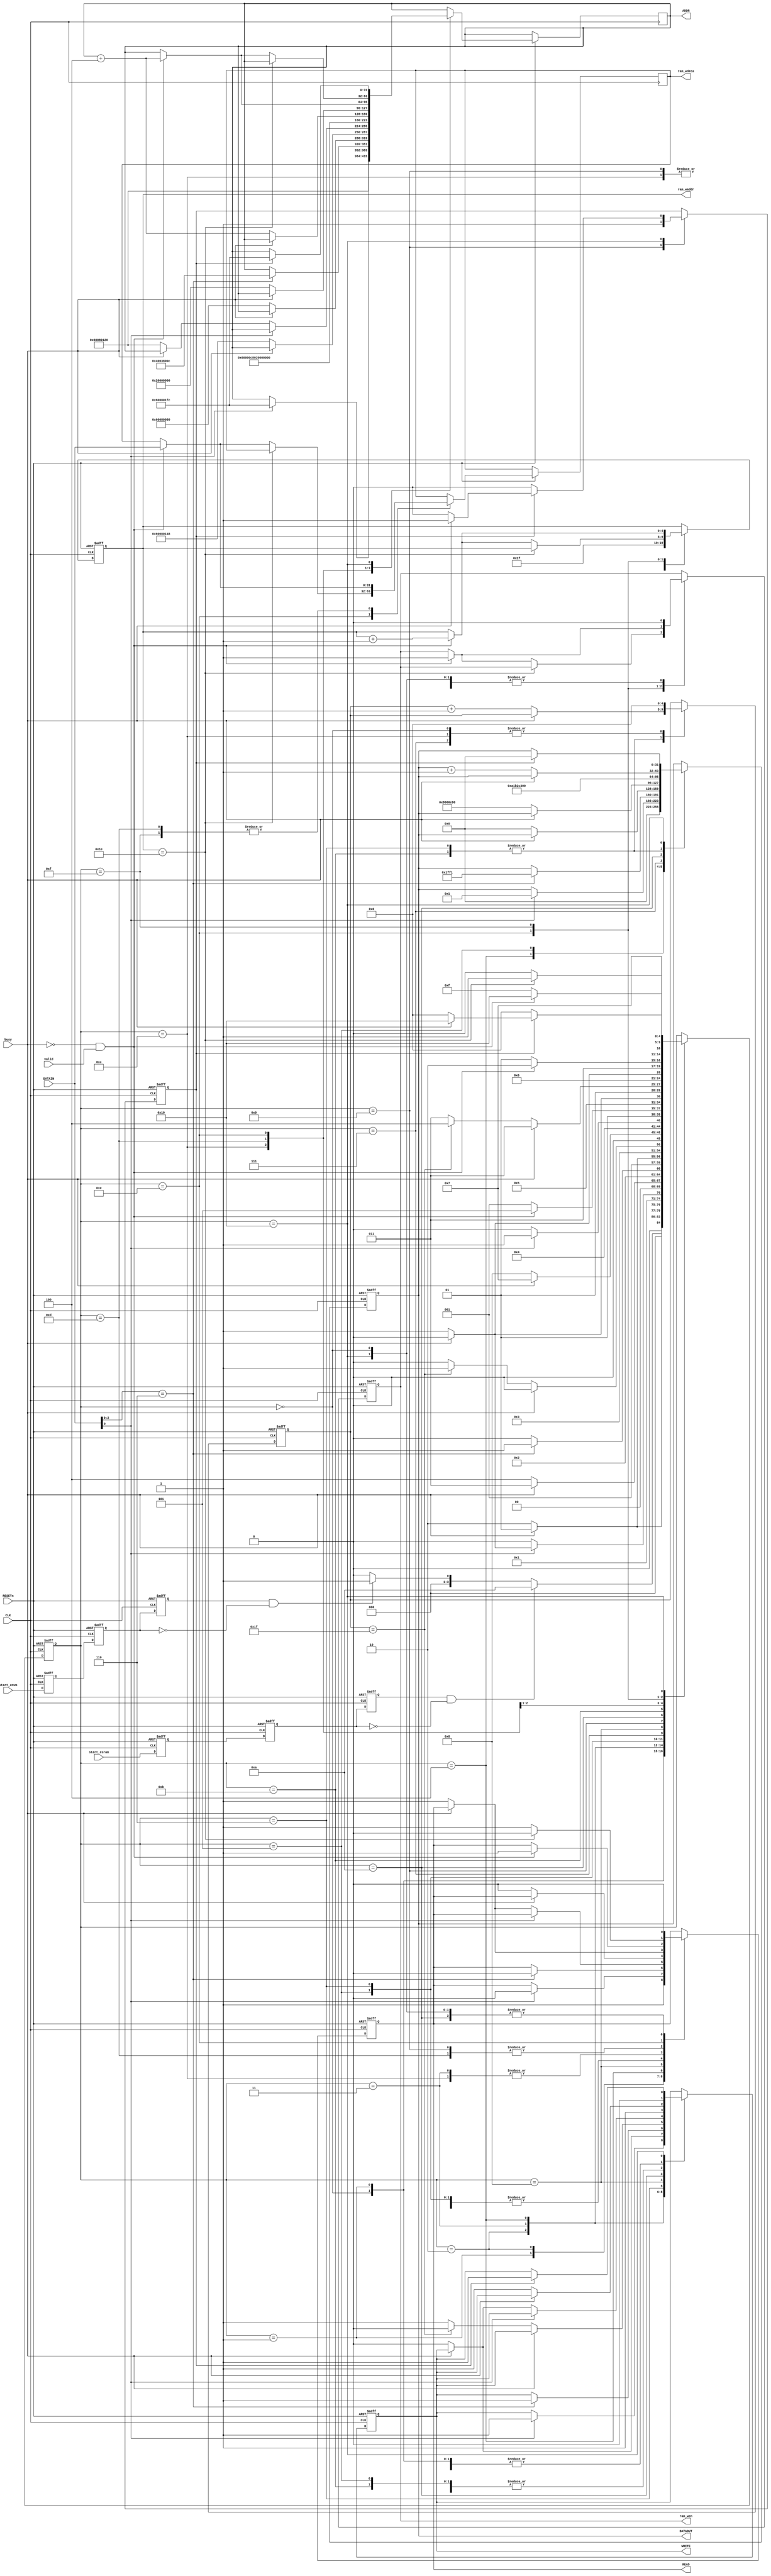
module eSRAM_eNVM_RW(
// Generic Signals
input      wire         CLK,
input      wire         RESETn,

//Interface to user 
input      wire         start_envm,
input      wire         start_esram,

//Interface to AHB Master logic
input      wire         valid,
input      wire  [31:0] DATAIN,
input      wire         busy,
output     reg          READ,
output     reg          WRITE,
output     wire  [31:0] ADDR,
output     wire  [31:0] DATAOUT,

//Interface to Fabric SRAM
output     reg          ram_wen,
output     reg   [4:0]  ram_waddr,
output     reg  [31:0]  ram_wdata

);

reg [31:0] data,addr_temp;
reg [4:0] data_cnt;
reg start_envm_reg,start_esram_reg,start_envm_reg1,start_esram_reg1,start_envm_reg2,start_esram_reg2,envm_release_reg;
wire envm_select,esram_select;

// eNVM and eSRAM FSM States

reg [4:0] current_state;
parameter [4:0] Idle_ESRAM_ENVM = 5'b00000,
                ENVM_Idle_0     = 5'b00001,
                ENVM_Idle_1     = 5'b00010,
                ENVM0_ACCESS1   = 5'b00011,
                ENVM0_ACCESS2   = 5'b00100,
                ENVM0_WD        = 5'b00101,
                Fill_WD         = 5'b00110,
                CMD_Write       = 5'b00111,
                ENVM0_Prog      = 5'b01000,
                ENVM_INIT_DONE  = 5'b01001,
                ESRAM_0         = 5'b01010,
                ESRAM_1         = 5'b01011,
                ESRAM_2         = 5'b01100,
                Read_0          = 5'b01101,
                Read_1          = 5'b01110,
                Read_2          = 5'b01111,
                ENVM0_RELEASE   = 5'b10000;

assign ADDR = addr_temp;
assign DATAOUT = data;

assign envm_select = start_envm_reg2 & ~start_envm_reg1;
assign esram_select = start_esram_reg2 & ~start_esram_reg1;

always@(posedge CLK, negedge RESETn)
begin
	if(RESETn  == 1'b0)
	    begin	     
	   		 start_envm_reg     <= 1'b0;
	   		 start_envm_reg1     <= 1'b0;
	   		 start_envm_reg2     <= 1'b0;
		     start_esram_reg    <= 1'b0;
		     start_esram_reg1    <= 1'b0;
		     start_esram_reg2    <= 1'b0;
		 end
	else
		begin
	   		 start_envm_reg     <= start_envm;
	   		 start_envm_reg1     <= start_envm_reg;
	   		 start_envm_reg2     <= start_envm_reg1;

		     start_esram_reg    <= start_esram;
		     start_esram_reg1    <= start_esram_reg;
		     start_esram_reg2    <= start_esram_reg1;
		end

end

always@(posedge CLK, negedge RESETn )
begin
    if(RESETn  == 1'b0)
        begin	     
	    WRITE               <=  1'b0;	     
	    READ                <=  1'b0;
		data			    <=  32'h00000000;
	    current_state       <=  Idle_ESRAM_ENVM;   
        ram_wen             <= 1'b0;
        ram_waddr           <= 5'b00000;
		envm_release_reg    <= 1'b0;
        data_cnt            <= 5'b00000;  
	    end
    else
        begin
        case (current_state)
            Idle_ESRAM_ENVM : 
                begin
	    		WRITE               <=  1'b0;	     
	     		READ                <=  1'b0;
		 		data			    <=  32'h00000000;    
		 		ram_wen             <= 1'b0;
         		ram_waddr           <= 5'b00000;
                data_cnt            <= 5'b00000;
                if ( esram_select == 1'b1)           // selecting eNVM or eSRAM
                    begin
					current_state   <=  ESRAM_0;  
                    end
                else if (envm_select == 1'b1)
                    begin
					current_state   <=  ENVM_Idle_0;
                    end
                else
                    begin
                    current_state   <=  Idle_ESRAM_ENVM;   
                    end
                end	

            ENVM_Idle_0:
                begin
                if( busy  == 1'b0 )
                    begin
					WRITE					  <=  1'b0;
					READ                      <=  1'b1;
					addr_temp				  <=  32'h60080120; //ENVM0_STATUS;					
					current_state             <=  ENVM_Idle_1;
					end
				else 
					begin
					WRITE					  <=  1'b0;
					READ                      <=  1'b1;
					addr_temp				  <=  32'h60080120; //ENVM0_STATUS;					
					current_state             <=  ENVM_Idle_0;
					end
                end

            ENVM_Idle_1: 
                begin
				if ( DATAIN[0] == 1'b1)
                    begin
                 	if( busy  == 1'b0 )
                        begin
						WRITE                       <=  1'b1;	
						READ                        <=  1'b0;					
						addr_temp       			<=  32'h600801FC; //ENVM0_REQACCESS;
						data						<=  32'h00000001;
	                    current_state               <=  ENVM0_ACCESS1;                       
	                  	end	 
					 else       
						begin
						WRITE                       <=  1'b1;	
						READ                        <=  1'b0;						
						addr_temp       			<=  32'h600801FC; //ENVM0_REQACCESS;
						data						<=  32'h00000001;
	                    current_state               <=  ENVM_Idle_1;
						end
         			end
	              else
	                  begin
	                    current_state               <=  ENVM_Idle_1;
	                  end
	            end

            ENVM0_ACCESS1: //requesting access
	            begin
				if ( busy  == 1'b0 )
                    begin
					READ                      <=  1'b1;
					WRITE                     <=  1'b0;
					current_state             <=  ENVM0_ACCESS2; 
    	            end
				else
                    begin
				    current_state             <=  ENVM0_ACCESS1;   
                    end
				end

			ENVM0_ACCESS2: //checking access
	            begin
                if ( DATAIN[2:0] == 3'b110 )
                    begin		
					WRITE                     <=  1'b1;	
					READ                      <=  1'b0;					
					addr_temp       		  <= 32'h4003800C; 	
					data					  <= 32'h000001FF1;	// setting the FREQRNG parameter to 15 decimal		
				  	current_state             <=  ENVM0_WD;
					end 
                else 
                    begin
					current_state              <=  ENVM0_ACCESS2; 
    	            end					
				end
            ENVM0_WD :
                begin
                if ( busy  == 1'b0 )
	                begin   
				   	WRITE                     <=  1'b1;	
					READ                      <=  1'b0;					
					addr_temp       		  <=  32'h60080080; //ENVM0_WD;	
					data					  <=  32'h00000000;			
				  	current_state             <=  Fill_WD;
    	            end
				else
					begin
				    current_state             <=  ENVM0_WD;                    
	                end
                end

	        Fill_WD:                    //fill wd buffer             
	            begin
    	        if ( busy  == 1'b0 )
                    begin
					READ                      <=  1'b0;
					addr_temp				  <=  addr_temp + 4;						
					data					  <=  data + 1;
                    data_cnt                  <=  data_cnt +1'b1;
					current_state             <=  Fill_WD; 
                    if ( data_cnt == 5'b11111 )	
                        begin
                        current_state            <=  CMD_Write;
                        WRITE                    <=  1'b0;
                        end
                     else
                        begin
                        current_state            <=  Fill_WD; 
                        WRITE                    <=  1'b1;
                        end
                    end
                else
                    begin
				    current_state   <=  Fill_WD;                    
	                end
				end

	        CMD_Write:                  //issue write command
	            begin
                data_cnt <= 5'b00000;
				if ( busy  == 1'b0 )
                    begin
				 	WRITE                     <=  1'b1;
					addr_temp				  <=  32'h60080148; //ENVM0_CMD;						
					data					  <=  32'h08000c80; //PROG_ADS;     
					current_state             <=  ENVM0_Prog; 
                    end
				else
                    begin
				    current_state              <=  CMD_Write;                    
	                end
				end

			ENVM0_Prog:                 //wait for completing the eNVM programming
	            begin
				   if ( DATAIN[0] == 1'b1 )
					  begin
				        current_state   <=  ENVM_INIT_DONE;
					  end
				   else if ( busy  == 1'b0 )
	                  begin
						WRITE					  <=  1'b0;
						READ                      <=  1'b1;
						addr_temp				  <=  32'h60080120; //ENVM0_STATUS;					
						current_state             <=  ENVM0_Prog; 
    	              end
					else
					  begin
				        current_state             <=  ENVM0_Prog;                    
	                  end
				end

			ENVM_INIT_DONE:             //eNVM write completed 
	            begin
                envm_release_reg        <= 1'b1;
				ram_waddr               <= 5'b11111;
                addr_temp				<=  32'h60000c80;
                if ( busy  == 1'b0 && valid == 1'b1)
                    begin
                    READ                <=  1'b1;						
                    current_state       <=  Read_0;
					end
                else
                    begin				
                    current_state       <=  ENVM_INIT_DONE;
                    end
				end

//////////////////////// eSRAM write states////////////////////////

			ESRAM_0:
	            begin    
                data <= 32'ha1b2c300;
                if( busy  == 1'b0 )
                    begin
					WRITE					  <=  1'b1;
					READ                      <=  1'b0;
					addr_temp				  <=  32'h20000000; 					
					current_state             <=  ESRAM_1;
					end
				else 
					begin
					WRITE					  <=  1'b1;
					READ                      <=  1'b0;
					addr_temp				  <=  32'h20000000; 					
					current_state             <=  ESRAM_0;
					end
				end

            ESRAM_1: 
                begin
                if ( busy  == 1'b0 )
                    begin
					WRITE                     <=  1'b1;
					READ                      <=  1'b0;
					addr_temp				  <=  addr_temp + 4;						
					data					  <=  data + 1;
                    data_cnt                  <=  data_cnt +1'b1;
                    if ( data_cnt == 5'b11111 )				
                        current_state       <=  ESRAM_2;
                    else
                        current_state       <=  ESRAM_1; 
    	            end
                else
                    begin
                    current_state           <=  ESRAM_1;                    
                    end
                end
			ESRAM_2: 
	            begin
                data_cnt <= 5'b00000;
                WRITE                     <=  1'b0;
                ram_waddr                 <= 5'b11111;
                if ( busy  == 1'b0 )
                    begin
				  	READ                   <=  1'b1;						
                    addr_temp		       <=  32'h20000000;
                    current_state          <=  Read_0;
                    end
                else
                    begin				
                    current_state          <=  ESRAM_2;
                    end
				end
///////////////Read states //////////////////////////////////////////////

			Read_0 :
				begin

						if ( busy  == 1'b0 && valid == 1'b1)
	                 	 	begin
							READ                      <=  1'b1;
							ram_wdata 				  <= DATAIN;
							ram_wen                   <= 1'b0;
							addr_temp				  <=  addr_temp+4;
				            current_state             <=  Read_1;
							end
						else
							begin
							ram_wen                    <= 1'b0;
				            current_state              <=  Read_0;
							end
				end

			Read_1 :
				begin
                if (ram_waddr == 5'b11110)
                    begin
                    READ                      <=  1'b0;
                    current_state             <=  Read_2;
                    end
                 else
                    begin
                    READ                      <=  1'b1;
                    current_state             <=  Read_1;
                    if ( busy  == 1'b0 && valid == 1'b1)
                        begin
                        ram_wdata 				  <= DATAIN;
                        ram_wen                   <= 1'b1;
                        addr_temp				  <=  addr_temp+4;
                        ram_waddr                 <= ram_waddr +1'b1;
                        end
                    end
               
				end
			Read_2 :
				begin
						if ( busy  == 1'b0 && valid == 1'b1)
	                 	 	begin
							ram_wen                   <= 1'b1;
							ram_waddr                 <= ram_waddr +1'b1;
							ram_wdata 				  <= DATAIN;
				            current_state             <=  ENVM0_RELEASE;
							end
						else
							begin
				            current_state              <=  Read_2;
							end
				end
            ENVM0_RELEASE :   
				begin
				READ                      <=  1'b0;
				ram_wen                   <= 1'b0;
				if( envm_release_reg == 1'b1)
                    begin
                        if( busy  == 1'b0 )
                            begin
                            WRITE                       <=  1'b1;	
                            READ                        <=  1'b0;					
                            addr_temp       			<=  32'h600801FC;              //ENVM0_RELEASE  release eNVM access;
                            data						<=  32'h00000000;
                            envm_release_reg            <=  1'b0;
                            current_state               <=  Idle_ESRAM_ENVM;                       
                            end	 
                        else       
                            begin
                            WRITE                       <=  1'b1;	
                            READ                        <=  1'b0;						
                            addr_temp       			<=  32'h600801FC;             
                            data						<=  32'h00000000;
                            current_state               <=  ENVM0_RELEASE;
                            end
                    end
				else
					begin
					   current_state     <=  Idle_ESRAM_ENVM;
					end			
				end


        endcase
    end     
end
endmodule